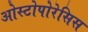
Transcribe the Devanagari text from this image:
ओस्टोपोरेसिस